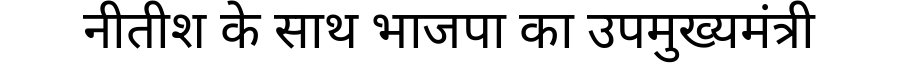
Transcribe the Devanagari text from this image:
नीतीश के साथ भाजपा का उपमुख्यमंत्री